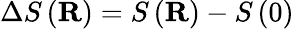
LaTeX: \Delta S\left(\mathbf{R}\right)=S\left(\mathbf{R}\right)-S\left(0\right)